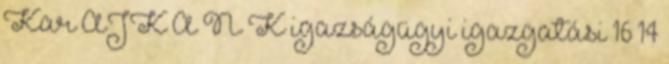
Kar ÁJK A N K igazságügyi igazgatási 16 14